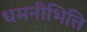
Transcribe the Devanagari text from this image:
धमनीभित्ति